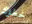
خطؤك